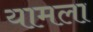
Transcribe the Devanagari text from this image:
यामला